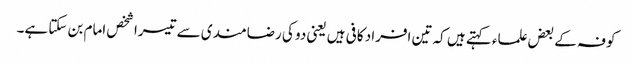
کوفہ کے بعض علماء کہتے ہیں کہ تین افراد کافی ہیں یعنی دو کی رضامندی سے تیسرا شخص امام بن سکتا ہے۔